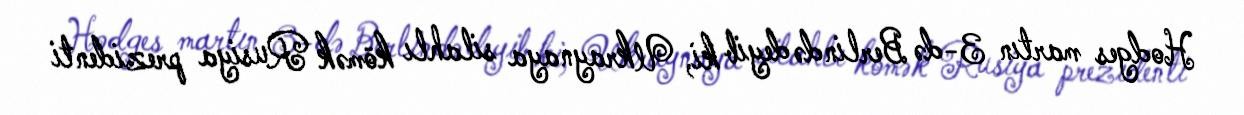
Hodges martın 3-də Berlində deyib ki, Ukraynaya silahlı kömək Rusiya prezidenti